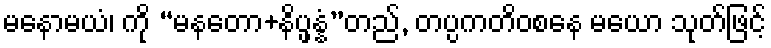
မနောမယံ၊ ကို “မနတော+နိပ္ဖန္နံ”တည်, တပ္ပကတိဝစနေ မယော သုတ်ဖြင့်